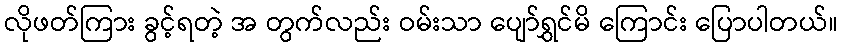
လိုဖတ်ကြား ခွင့်ရတဲ့ အ တွက်လည်း ဝမ်းသာ ပျော်ရွှင်မိ ကြောင်း ပြောပါတယ်။